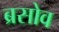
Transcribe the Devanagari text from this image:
ब्रसोव